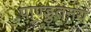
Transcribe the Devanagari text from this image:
पाण्डुतनय